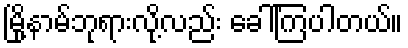
မြို့နာမ်ဘုရားလို့လည်း ခေါ်ကြပါတယ်။